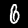
Digit: 6